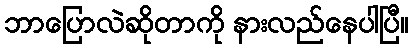
ဘာပြောလဲဆိုတာကို နားလည်နေပါပြီ။